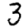
Digit: 3